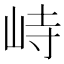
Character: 峙